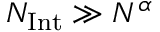
N _ { \mathrm { I n t } } \gg N ^ { \alpha }